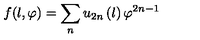
f ( l , \varphi ) = \sum _ { n } u _ { 2 n } \left( l \right) \varphi ^ { 2 n - 1 }